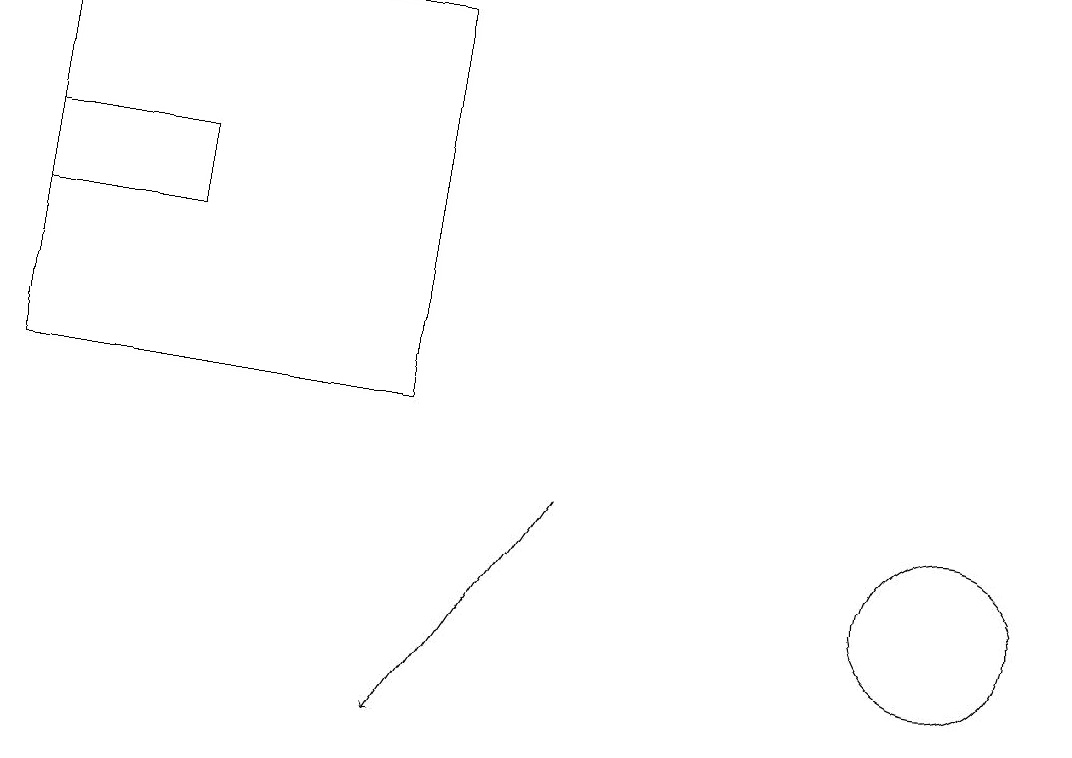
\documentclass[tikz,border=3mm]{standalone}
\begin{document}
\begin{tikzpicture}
\draw[->] (7,13) -- (5,10);
\draw (0,17) rectangle (2,16);
\draw (5,14) rectangle (0,19);
\draw (12,12) circle (1);
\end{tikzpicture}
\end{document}